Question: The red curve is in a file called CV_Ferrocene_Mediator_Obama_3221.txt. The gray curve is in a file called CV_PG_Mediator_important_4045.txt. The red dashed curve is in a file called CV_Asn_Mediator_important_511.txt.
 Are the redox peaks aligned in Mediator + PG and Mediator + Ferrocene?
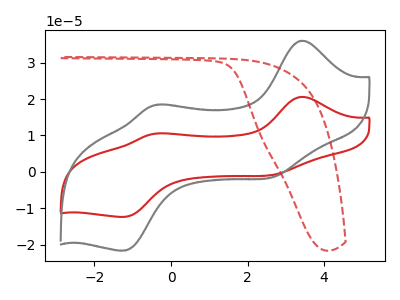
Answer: <think>The red curve "Mediator + Ferrocene" has anodic peaks at (3.40V, 20.60uA) (-0.30V, 10.55uA) and cathodic peaks at (2.75V, -0.70uA) (-1.20V, -12.35uA). The gray curve "Mediator + PG" has anodic peaks at (3.40V, 36.05uA) (-0.30V, 18.50uA) and cathodic peaks at (2.75V, -1.20uA) (-1.20V, -21.60uA). The red dashed curve "Mediator + Asn" has no peaks.</think>
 <answer>Yes, "Mediator + PG" have a peak in "Mediator + Ferrocene" at the same potential.</answer>
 <eval>match</eval>